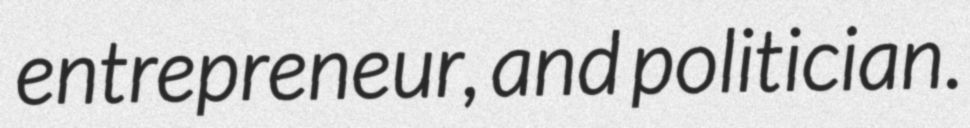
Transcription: entrepreneur, and politician.